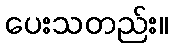
ပေးသတည်း။